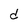
Character: d